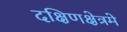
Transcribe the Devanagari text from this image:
दक्षिणक्षेत्रमे